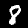
Label: 8